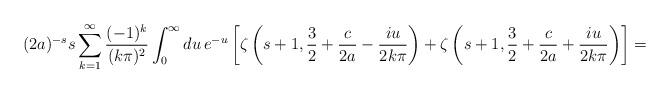
LaTeX: \begin{align*}(2a)^{-s}s\sum_{k=1}^{\infty}\frac{(-1)^{k}}{(k\pi)^{2}}\int_{0}^{\infty}du\,e^{-u}\left[\zeta\left(s+1, \frac32 +\frac{c}{2a}-\frac{iu}{2k\pi}\right) + \zeta\left(s+1, \frac32 +\frac{c}{2a}+\frac{iu}{2k\pi}\right)\right]=\end{align*}